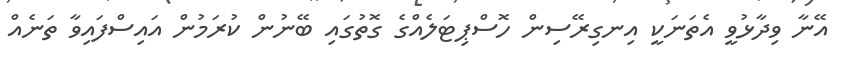
އޭނާ ވިދާޅުވީ އެތަނަކީ އިނގިރޭސިން ހޮސްޕިޓަލެއްގެ ގޮތުގައި ބޭނުން ކުރަމުން އައިސްފައިވާ ތަނެއް